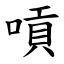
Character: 嗊